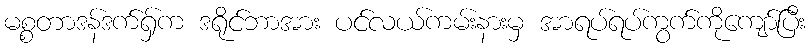
မစ္စတာဒန်ဒက်ရှ်က ဒရိုင်ဘာအား ပင်လယ်ကမ်းနားမှ အာရပ်ရပ်ကွက်ကိုကျော်ပြီး